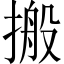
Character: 搬